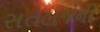
સતલજની